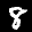
Label: 8